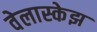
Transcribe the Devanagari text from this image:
वेलास्केझ